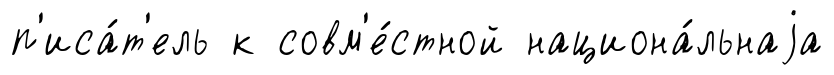
п'иса́т'ель к совм'е́стной национа́льнаjа